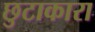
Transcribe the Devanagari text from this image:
छुटाकारा